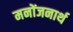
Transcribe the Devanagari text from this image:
मनोंजनार्थ